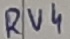
Text: RV4